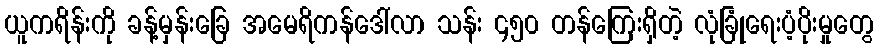
ယူကရိန်းကို ခန့်မှန်းခြေ အမေရိကန်ဒေါ်လာ သန်း ၄၅၀ တန်ကြေးရှိတဲ့ လုံခြုံရေးပံ့ပိုးမှုတွေ